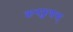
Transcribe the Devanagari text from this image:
कनफ़ुशस्